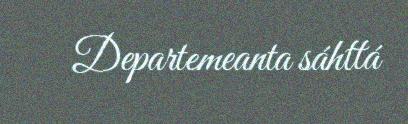
Departemeanta sáhttá